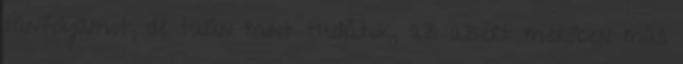
tanfolyamot, de talán mint tudjátok, az azért merőben más